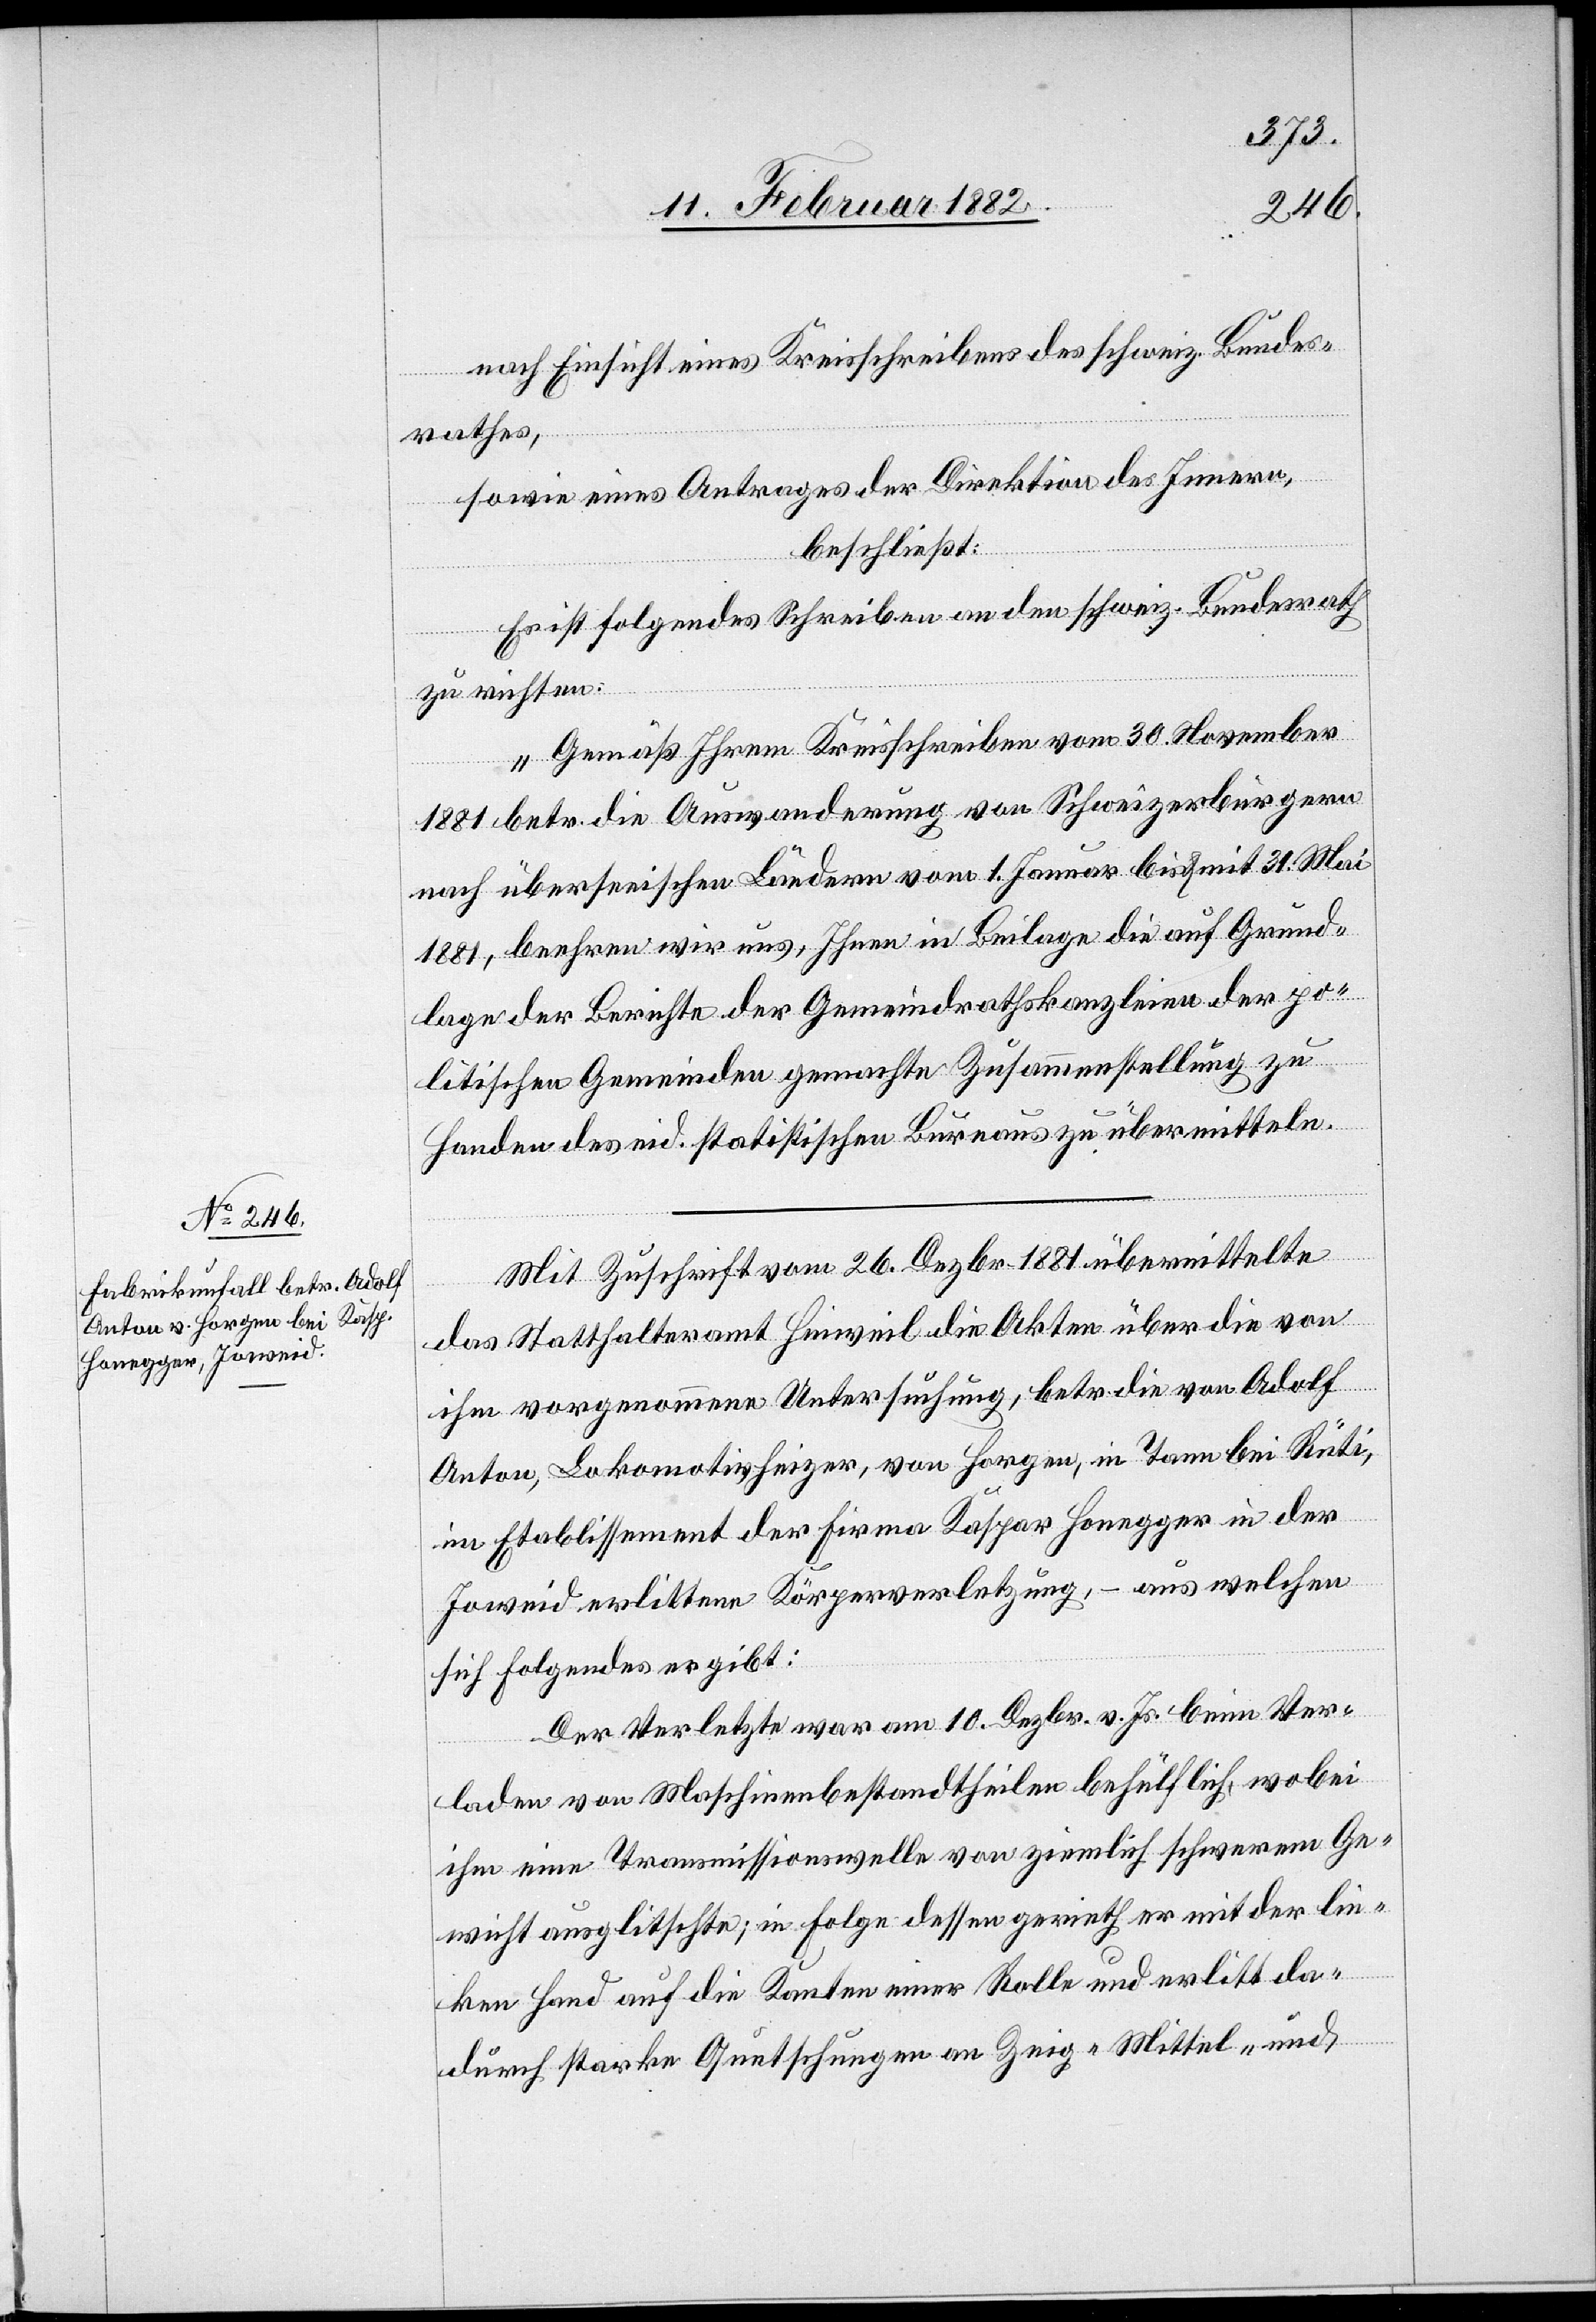
nach Einsicht eines Kreisschreiben des schweiz. Bundes¬
rathes,
sowie eines Antrages der Direktion des Innern,
beschließt:
Es ist folgendes Schreiben an den schweiz. Bundesrath
zu richten:
„Gemäß Ihrem Kreisschreiben vom 30. November
1881 betr. die Auswanderung von Schweizerbürgern
nach überseeischen Ländern vom 1. Januar bis & mit 31. Mai
1881, beehren wir uns, Ihnen in Beilage die auf Grund¬
lage der Berichte der Gemeindrathskanzleien der po¬
litischen Gemeinden gemachte Zusammenstellung zu
Handen des eid. statistischen Bureaus zu übermitteln.
Mit Zuschrift vom 26. Dezbr. 1881 übermittelte
das Statthalteramt Hinweil die Akten über die von
ihm vorgenommenen Untersuchung, betr. die von Adolf
Anton, Lokomotivheizer, von Horgen, in Tann bei Rüti,
im Etablissement der Firma Kaspar Honegger in der
Joweid erlittenen Körperverletzung, aus welchen
sich folgendes ergibt:
Der Verletzte war am 10. Dezbr. v. Js. beim Ver¬
laden von Maschinenbestandtheilen behülflich, wobei
ihm eine Transmissionswelle von ziemlich schwerem Ge¬
wichte ausglitschte; in Folge dessen gerieth er mit der lin¬
ken Hand auf die Kanten einer Rolle und erlitt da¬
durch starke Quetschungen an Zeig- Mittel- und